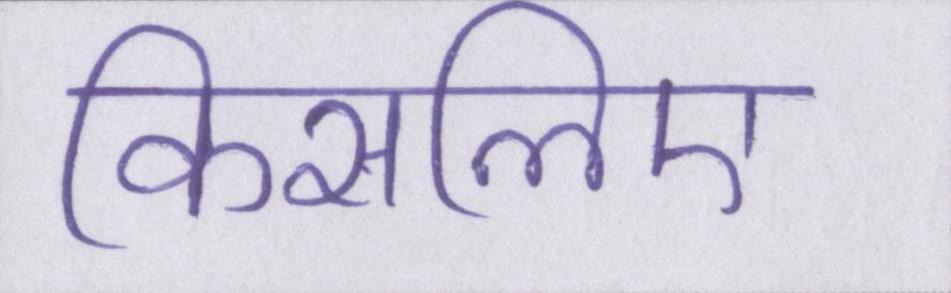
किसलिए